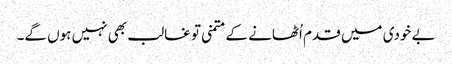
بے خودی میں قدم اُٹھانے کے متمنی تو غالب بھی نہیں ہوں گے۔